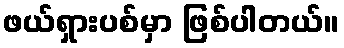
ဖယ်ရှားပစ်မှာ ဖြစ်ပါတယ်။